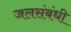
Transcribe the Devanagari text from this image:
जलसंबंधी